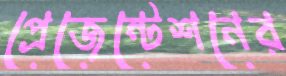
প্রেজেন্টেশনের